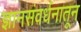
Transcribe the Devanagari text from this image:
ज्ञानसंवर्धनातून